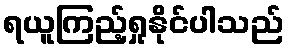
ရယူကြည့်ရှုနိုင်ပါသည်